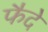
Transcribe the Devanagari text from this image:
फैदे